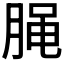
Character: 𰮭